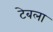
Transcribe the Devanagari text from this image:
टेबला